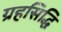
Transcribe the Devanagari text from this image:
ग्रहसिद्धि